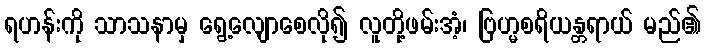
ရဟန်းကို သာသနာမှ ရွေ့လျောစေလို၍ လူတို့ဖမ်းအံ့၊ ဗြဟ္မစရိယန္တရာယ် မည်၏